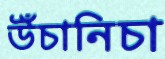
উঁচানিচা